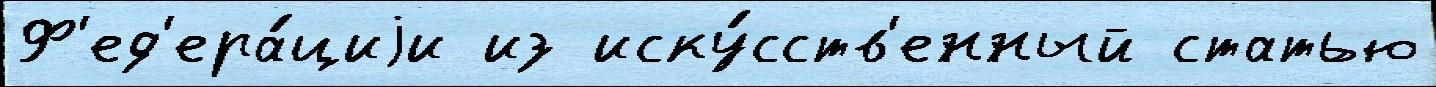
Ф'ед'ера́циjи из иску́сств'енный статью